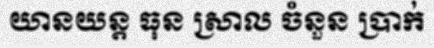
យានយន្ត ធុន ស្រាល ចំនួន ប្រាក់